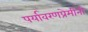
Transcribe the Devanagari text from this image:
पर्यावरणप्रेमींनी